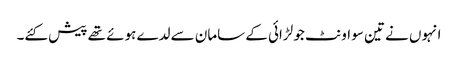
انہوں نے تین سو اونٹ جو لڑائی کے سامان سے لدے ہوئے تھے پیش کئے۔